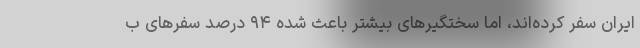
ایران سفر کرده‌اند، اما سختگیرهای بیشتر باعث شده ۹۴ درصد سفرهای ب